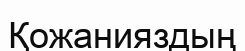
Қожанияздың